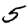
Digit: 5